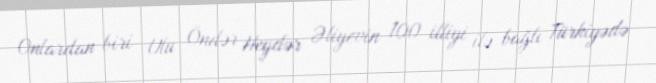
Onlardan biri Ulu Öndər Heydər Əliyevin 100 illiyi ilə bağlı Türkiyədə